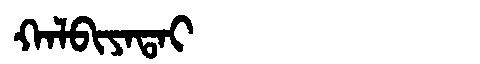
Manchu: ᡴᠠᠯᠪᡳᠶᠠᡨᠠᡳ
Romanization: KALBIYATAI